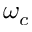
\omega _ { c }